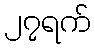
၂၇ရက်